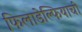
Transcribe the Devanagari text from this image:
फिलाडेल्फियाची